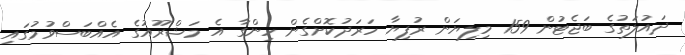
ދައުލަތުގެ ބަޖެޓުން 159 މިލިޔަން ރުފިޔާ ހަރަދުކޮށްގެން ހިންގާ އެ މަޝްރޫއުގެ އެއްބަސްވުމުގައި